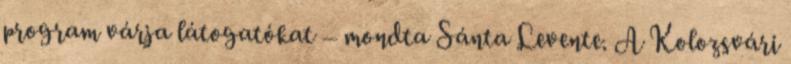
program várja látogatókat – mondta Sánta Levente. A Kolozsvári